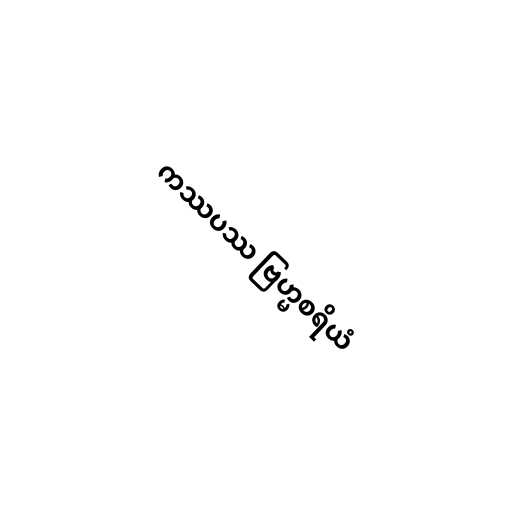
ကဿပဿ ဗြဟ္မစရိယံ